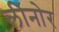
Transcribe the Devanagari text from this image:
लीनोर